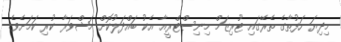
މިދިޔަ ހަފުތާގެ ތެރޭގައި ޓޫރިޒަމް މިނިސްޓްރީއާ އެކު ބައްދަލުކޮށް މަޝްވަރާ ކުރި ކަމަށެވެ.